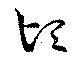
頃